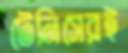
টেনিসেরই